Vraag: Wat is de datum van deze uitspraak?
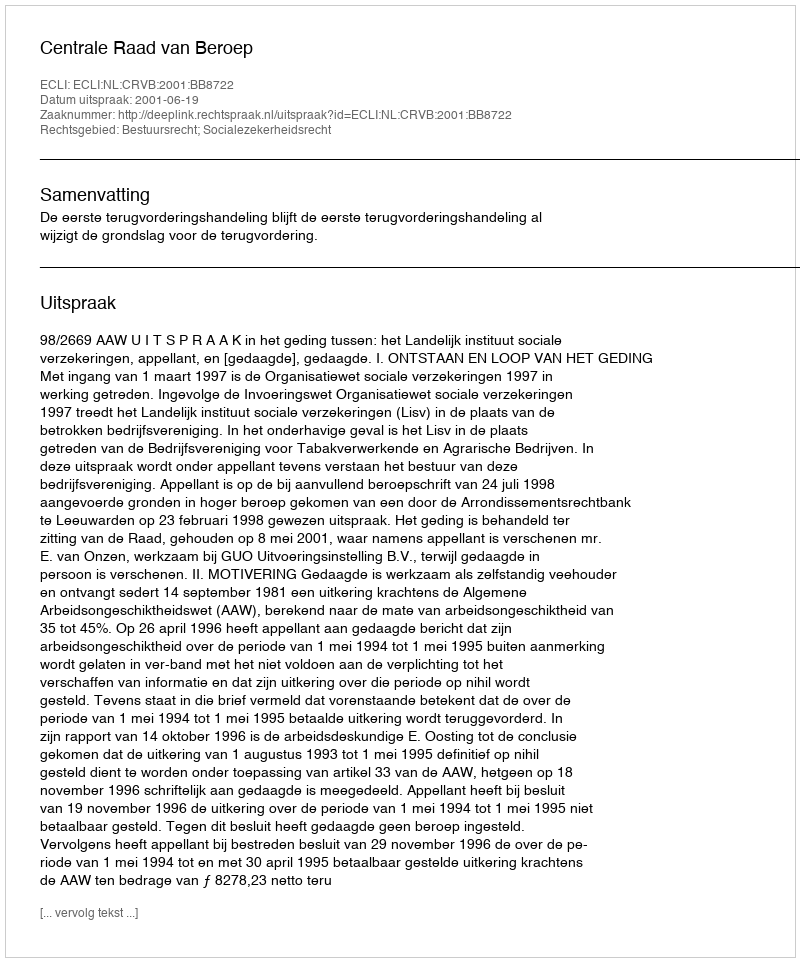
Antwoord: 2001-06-19